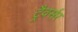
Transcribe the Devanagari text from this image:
ट्रैवर्सर